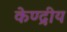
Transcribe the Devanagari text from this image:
केण्द्रीय